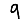
Digit: 9